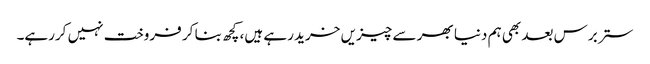
ستر برس بعد بھی ہم دنیا بھر سے چیزیں خرید رہے ہیں، کچھ بنا کر فروخت نہیں کررہے۔